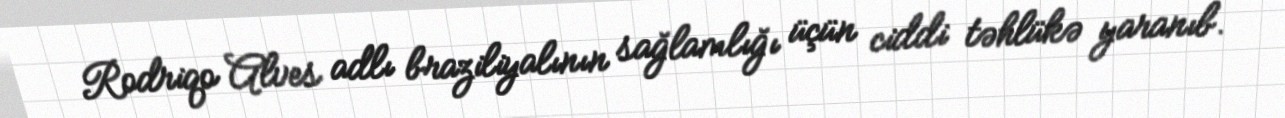
Rodriqo Alves adlı braziliyalının sağlamlığı üçün ciddi təhlükə yaranıb.